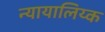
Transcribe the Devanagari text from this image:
न्यायालिय्क